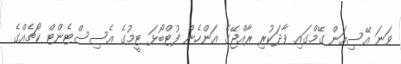
ވަނަ އޭސިއަން ގޭމްގައި ވާދަކުރި ރާއްޖޭގެ އަންހެން ފުޓްބޯޅަ ޓީމުގެ އެސިސްޓެންޓް ކޯޗެއްގެ